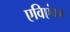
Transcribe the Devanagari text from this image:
एविएंका